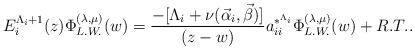
\begin{align*}E_{i}^{\Lambda_{i} + 1}(z) \Phi_{L.W.}^{(\lambda,\mu)}(w) = \frac{ - [\Lambda_{i} + \nu(\vec\alpha_{i}, \vec\beta) ]}{(z -w)}a_{ii}^{*^{\Lambda_{i}}}\Phi_{L.W.}^{(\lambda,\mu)}(w) + R.T..\end{align*}